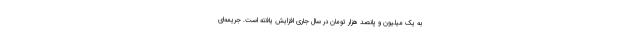
به یک میلیون و پانصد هزار تومان در سال جاری افزایش یافته است. جریمه‌ای